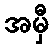
အမှီ